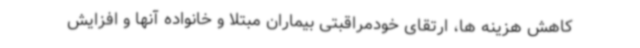
کاهش هزینه ها، ارتقای خودمراقبتی بیماران مبتلا و خانواده آنها و افزایش